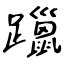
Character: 躐